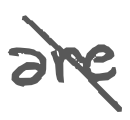
Text: are
Cross-out: diagonal
Writing tool: digital_gray